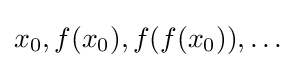
x_{0},f(x_{0}),f(f(x_{0})),\dots